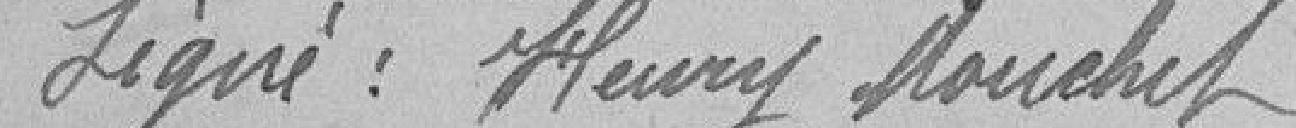
Signé : Henry Mouchet